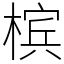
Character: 槟